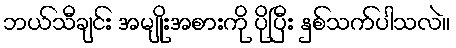
ဘယ်သီချင်း အမျိုးအစားကို ပိုပြီး နှစ်သက်ပါသလဲ။